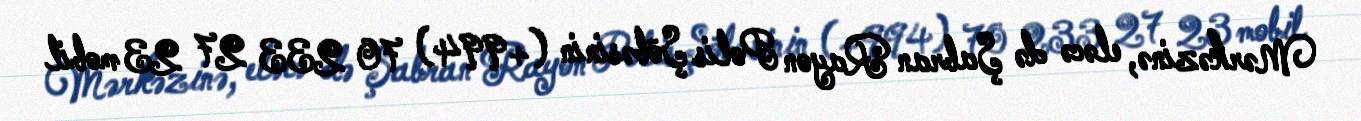
Mərkəzinə, eləcə də Şabran Rayon Polis Şöbəsinin (+994) 70 233 27 23 mobil